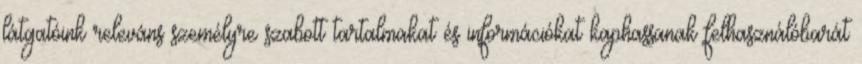
látgatóink releváns személyre szabott tartalmakat és információkat kaphassanak felhasználóbarát